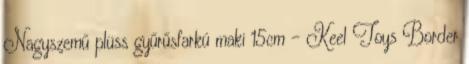
Nagyszemű plüss gyűrűsfarkú maki 15cm - Keel Toys Border